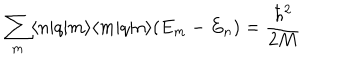
LaTeX: \sum _ { m } \langle n | q | m \rangle \langle m | q | n \rangle ( E _ { m } - E _ { n } ) = \frac { \hbar ^ { 2 } } { 2 M }